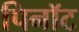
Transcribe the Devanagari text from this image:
पिनॉट